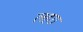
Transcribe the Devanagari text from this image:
लहरां